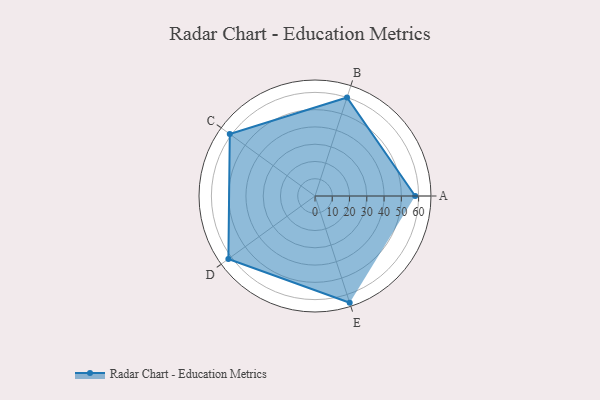
{"axis": {"x": "Skill", "y": "Score"}, "legend": ["Profile"], "data": [{"x": "A", "y": 58.0, "type": "Profile"}, {"x": "B", "y": 60.0, "type": "Profile"}, {"x": "C", "y": 61.0, "type": "Profile"}, {"x": "D", "y": 62.0, "type": "Profile"}, {"x": "E", "y": 65.0, "type": "Profile"}]}